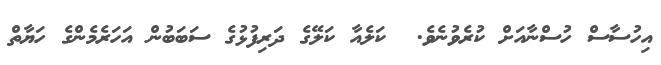
އިހުސާސް ހުސްނާއަށް ކުރެވުނެވެ.  ކަލެއާ ކަލޭގެ ދަރިފުޅުގެ ސަބަބުން އަހަރެމެންގެ ހަޔާތް